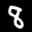
Label: 8